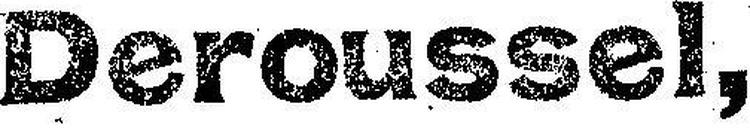
Deroussel,